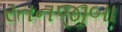
રતનજીબા